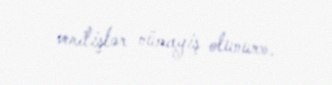
verilişlər nümayiş olunur».